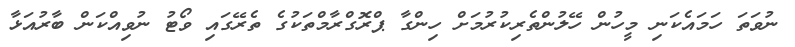
ނުވަތަ ހަމައެކަނި މީހުން ހޭލުންތެރިކުރުމަށް ހިންގާ ޕްރޮގްރާމްތަކުގެ ތެރޭގައި ވޯޓު ނުވިއްކަން ބާރުއަޅާ